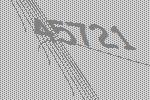
45721